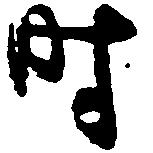
時